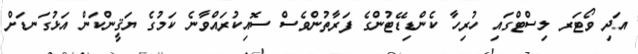
އަދި ވޯޓަރ ލިސްޓްގައި ހުރިހާ ކެންޑިޑޭޓުންގެ ފަރާތުންވެސް ސޮއިކުރައްވާނެ ކަމުގެ ޔަޤީންކަން އަޅުގަނޑަށް